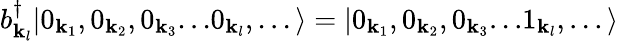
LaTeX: b_{{\mathbf{k}}_{l}}^{\dagger}|0_{{\mathbf{k}}_{1}},0_{{\mathbf{k}}_{2}},0_{{\mathbf{k}}_{3}}...0_{{\mathbf{k}}_{l}},...\rangle=|0_{{\mathbf{k}}_{1}},0_{{\mathbf{k}}_{2}},0_{{\mathbf{k}}_{3}}...1_{{\mathbf{k}}_{l}},...\rangle